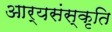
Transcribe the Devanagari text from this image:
आर्यसंस्कृति